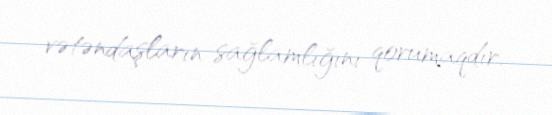
vətəndaşların sağlamlığını qorumaqdır.